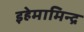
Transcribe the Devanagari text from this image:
इहेमामिन्द्र